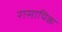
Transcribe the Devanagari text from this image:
रासायिक